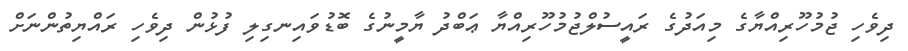
ދިވެހި ޖުމުހޫރިއްޔާގެ މިއަދުގެ ރައީސުލްޖުމުހޫރިއްޔާ ޢަބްދު ޔާމީނުގެ ބޮޑުވައިނގިލި ފުޅުން ދިވެހި ރައްޔިތުންނަށް